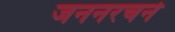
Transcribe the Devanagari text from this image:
जननरचने